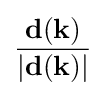
{\frac {\mathbf {d} (\mathbf {k} )}{|\mathbf {d} (\mathbf {k} )|}}